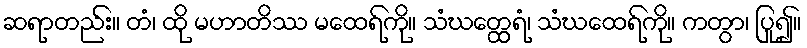
ဆရာတည်း။ တံ၊ ထို မဟာတိဿ မထေရ်ကို။ သံဃတ္ထေရံ၊ သံဃထေရ်ကို။ ကတွာ၊ ပြု၍။